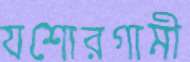
যশোরগামী